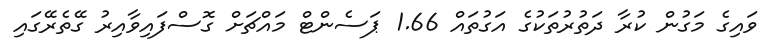
ވައިގެ މަގުން ކުރާ ދަތުރުތަކުގެ އަގުތައް 1.66 ޕަސެންޓް މައްޗަށް ގޮސްފައިވާއިރު ގޭތެރޭގައި